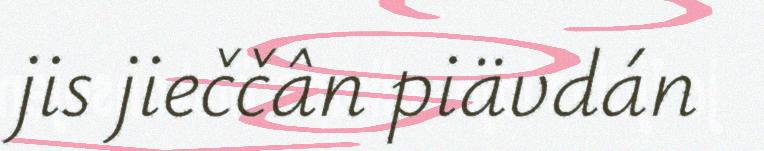
jis jieččân piävdán